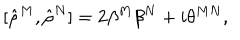
LaTeX: [ { \hat { \rho } } ^ { M } , { \hat { \rho } } ^ { N } ] = 2 \beta ^ { M } \beta ^ { N } + i \theta ^ { M N } ,